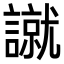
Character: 𧫾